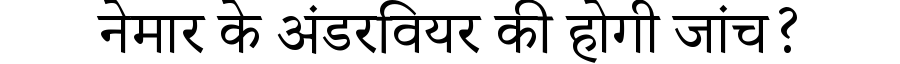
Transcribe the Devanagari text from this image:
नेमार के अंडरवियर की होगी जांच?